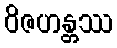
ဝိဇဟန္တဿ